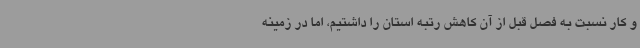
و کار نسبت به فصل قبل از آن کاهش رتبه استان را داشتیم، اما در زمینه